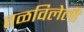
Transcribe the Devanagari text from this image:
वळविलेली